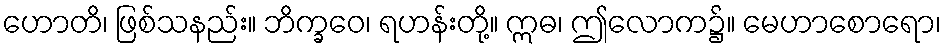
ဟောတိ၊ ဖြစ်သနည်း။ ဘိက္ခဝေ၊ ရဟန်းတို့။ ဣဓ၊ ဤလောက၌။ မေဟာစောရော၊